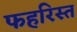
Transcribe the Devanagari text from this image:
फहरिस्त